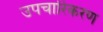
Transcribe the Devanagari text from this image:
उपचारिकरण